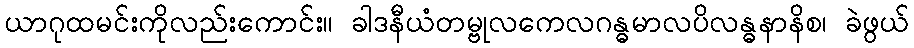
ယာဂုထမင်းကိုလည်းကောင်း။ ခါဒနီယံတမ္ဗုလကေလဂန္ဓမာလပိလန္ဓနာနိစ၊ ခဲဖွယ်